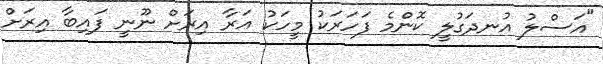
"އަސްލު އުނދަގުލީ ކޮންމެ ފަހަރަކު މީހަކު އަރާ އިރަށް ނޫނީ ފައިބާ އިރަށް